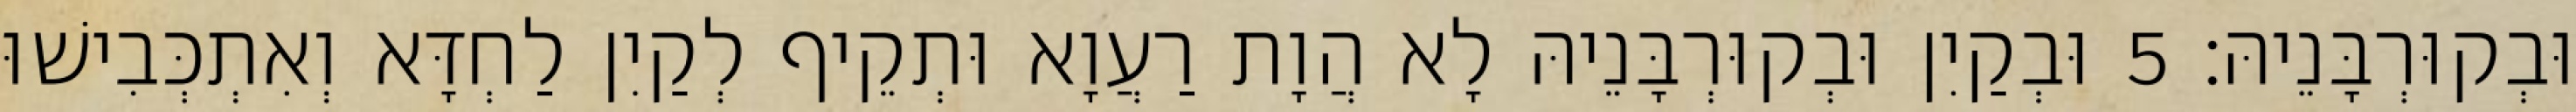
וּבְקוּרְבָּנֵיהּ׃ 5 וּבְקַיִן וּבְקוּרְבָּנֵיהּ לָא הֲוָת רַעֲוָא וּתְקֵיף לְקַיִן לַחְדָּא וְאִתְכְּבִישׁוּ